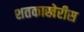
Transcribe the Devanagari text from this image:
शतकाखेरीस